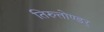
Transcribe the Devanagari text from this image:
तिरुत्तोण्डर्